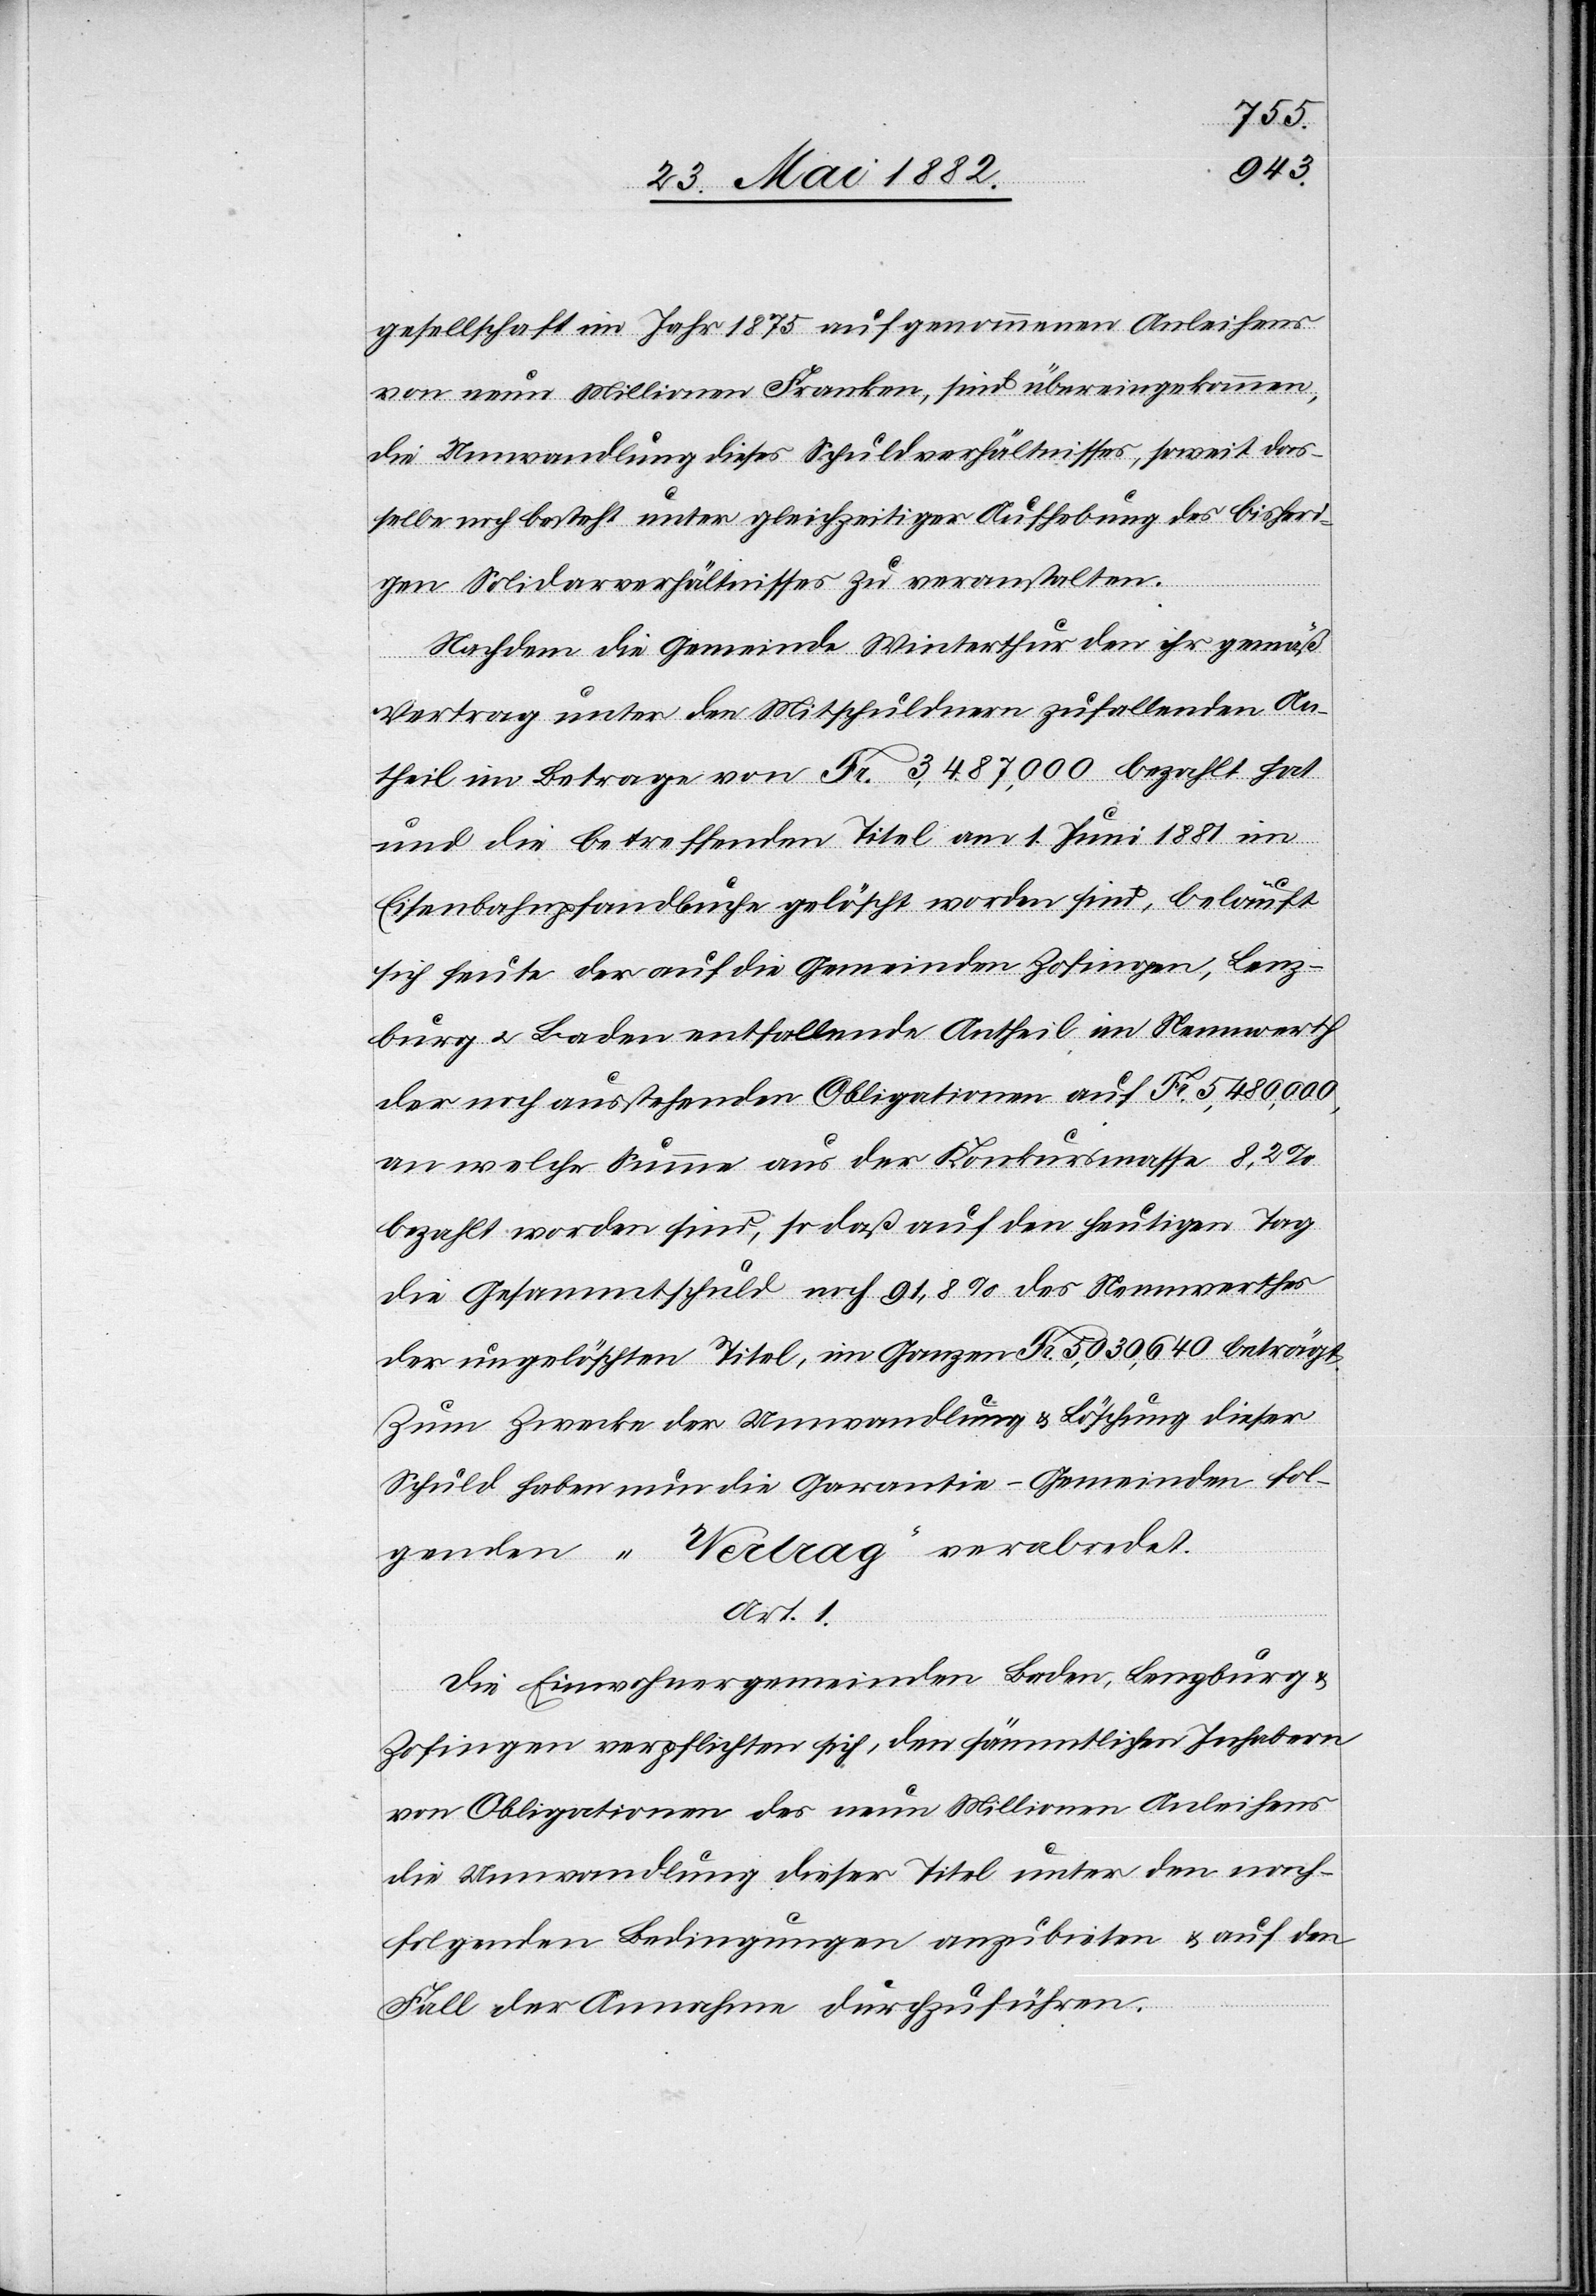
gesellschaft im Jahr 1875 aufgenommenen Anleihens
von neun Millionen Franken, sind übereingekommen,
die Umwandlung dieses Schuldverhältnisses, soweit das¬
selbe noch besteht unter gleichzeitiger Aufhebung des bisheri¬
gen Solidaritätsverhältnisses zu veranstalten.
Nachdem die Gemeinde Winterthur den ihr gemäß
Vertrag unter den Mitschuldnern zufallenden An¬
theil im Betrage von Fr. 3,487,000 bezahlt hat
und die betreffenden Titel am 1. Juni 1881 im
Eisenbahnhandbuch gelöscht worden sind, beläuft
sich heute der auf die Gemeinden Zofingen, Lenz¬
burg u. Baden entfallende Antheil im Nennwerth
der noch ausstehenden Obligationen auf Fr. 5,480,000,
an welche Summe aus der Konkurskasse 8,2%
bezahlt worden sind, so daß auf den heutigen Tag
die Gesammtschuld noch 91,8% des Nennwerthes
der ungelöschten Titel, im Ganze Fr. 5,030,640 beträgt.
Zum Zwecke der Umwandlung & Löschung dieser
Schuld haben nun die Garantie-Gemeinden fol¬
genden „Vertrag“ verabredet.
Art. 1.
Die Einwohnergemeinden Baden, Lenzburg
Zofingen verpflichten sich, den sämmtlichen Inhabern
von Obligationen des neun Millionen Anleihens
die Umwandlung dieser Titel unter den nach¬
folgenden Bedingungen anzubieten & auf den
Fall der Annahme durchzuführen.